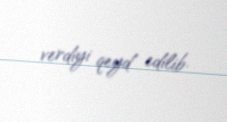
verdiyi qeyd edilib.